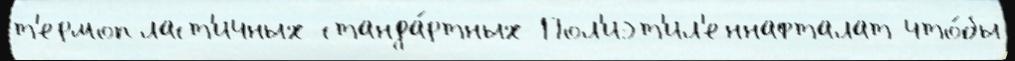
т'ермопласт'ичных станда́ртных Пол'иэт'ил'еннафталат что́бы